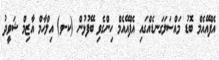
އެފްއޭއެމް ބޮޑު މައްސަލަގަނޑެއްގައި އެފްއޭއެމް ހިންގެވި ބޭފުޅުން (ކ-ވ) އިލްހާމް އާޒިމް ޝަވީދު